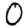
Digit: 0